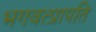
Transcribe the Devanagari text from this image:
भगवत्प्रापति